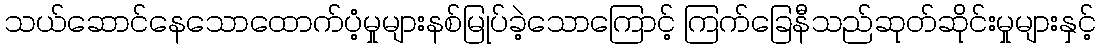
သယ်ဆောင်နေသောထောက်ပံ့မှုများနစ်မြုပ်ခဲ့သောကြောင့် ကြက်ခြေနီသည်ဆုတ်ဆိုင်းမှုများနှင့်